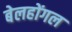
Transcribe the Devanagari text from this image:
बेलहोंगल